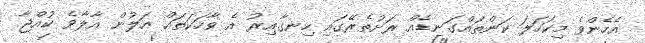
އެހެންވެ މިކަހަލަ ކަންތައްގަނޑެއް ރަށުތެރޭގައި ހިނގާއިރު އެ ވާހަކަތައް އަލުން އާލާވެ ކުއްޖާ